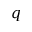
q